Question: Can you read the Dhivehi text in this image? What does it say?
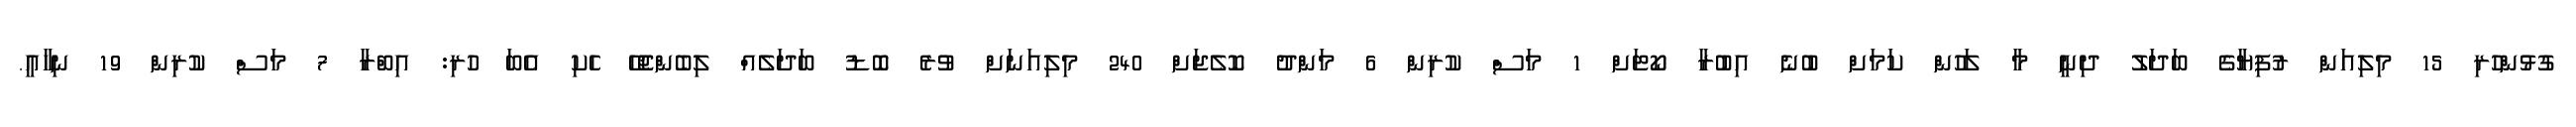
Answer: ގުޅުންހުރި 15 މިލިއަން ރުފިޔާގެ ބަދަލު ދިނީ މާ ލަހުން ކަމަށް ބުނެ އިބުރާ ކޯޓަށް 1 މަސް ކުރިން 6 މަންދު ކޮލެޖަށް 240 މިލިއަނަށް ވުރެ ބޮޑު ބަދަލެއް ލިބެންޖެހޭ ހެކި އެބަ ހުރި: އިބްރާ 7 މަސް ކުރިން 19 ނިހާއީ.